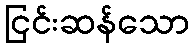
ငြင်းဆန်သော